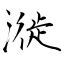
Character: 漇